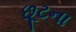
છૂટના